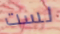
لست